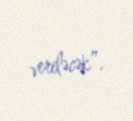
veriləcək”.